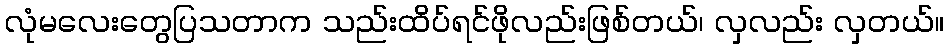
လုံမလေးတွေပြသတာက သည်းထိပ်ရင်ဖိုလည်းဖြစ်တယ်၊ လှလည်း လှတယ်။